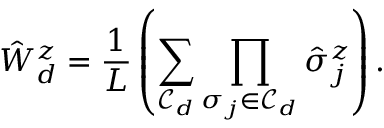
\Hat { W } _ { d } ^ { z } = \frac { 1 } { L } \left( \sum _ { \mathcal { C } _ { d } } \prod _ { \sigma _ { j } \in \mathcal { C } _ { d } } \hat { \sigma } _ { j } ^ { z } \right) .